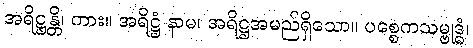
အရိဋ္ဌန္တိ၊ ကား။ အရိဋ္ဌံ နာမ၊ အရိဋ္ဌအမည်ရှိသော။ ပစ္စေကသမ္ဗုဒ္ဓံ၊